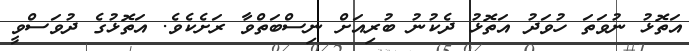
އަތޮޅު ނުވަތަ ހުވަދު އަތޮޅު ދެކުނު ބުރިއަށް ނިސްބަތްވާ ރަށެކެވެ. އަތޮޅުގެ ދުވަސްވީ